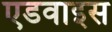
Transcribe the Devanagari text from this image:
एडवाइस